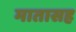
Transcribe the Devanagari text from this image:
मातासह